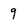
Character: 9